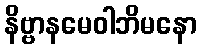
နိဗ္ဗာနမေဝါဘိမနော